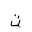
Letter: _ta